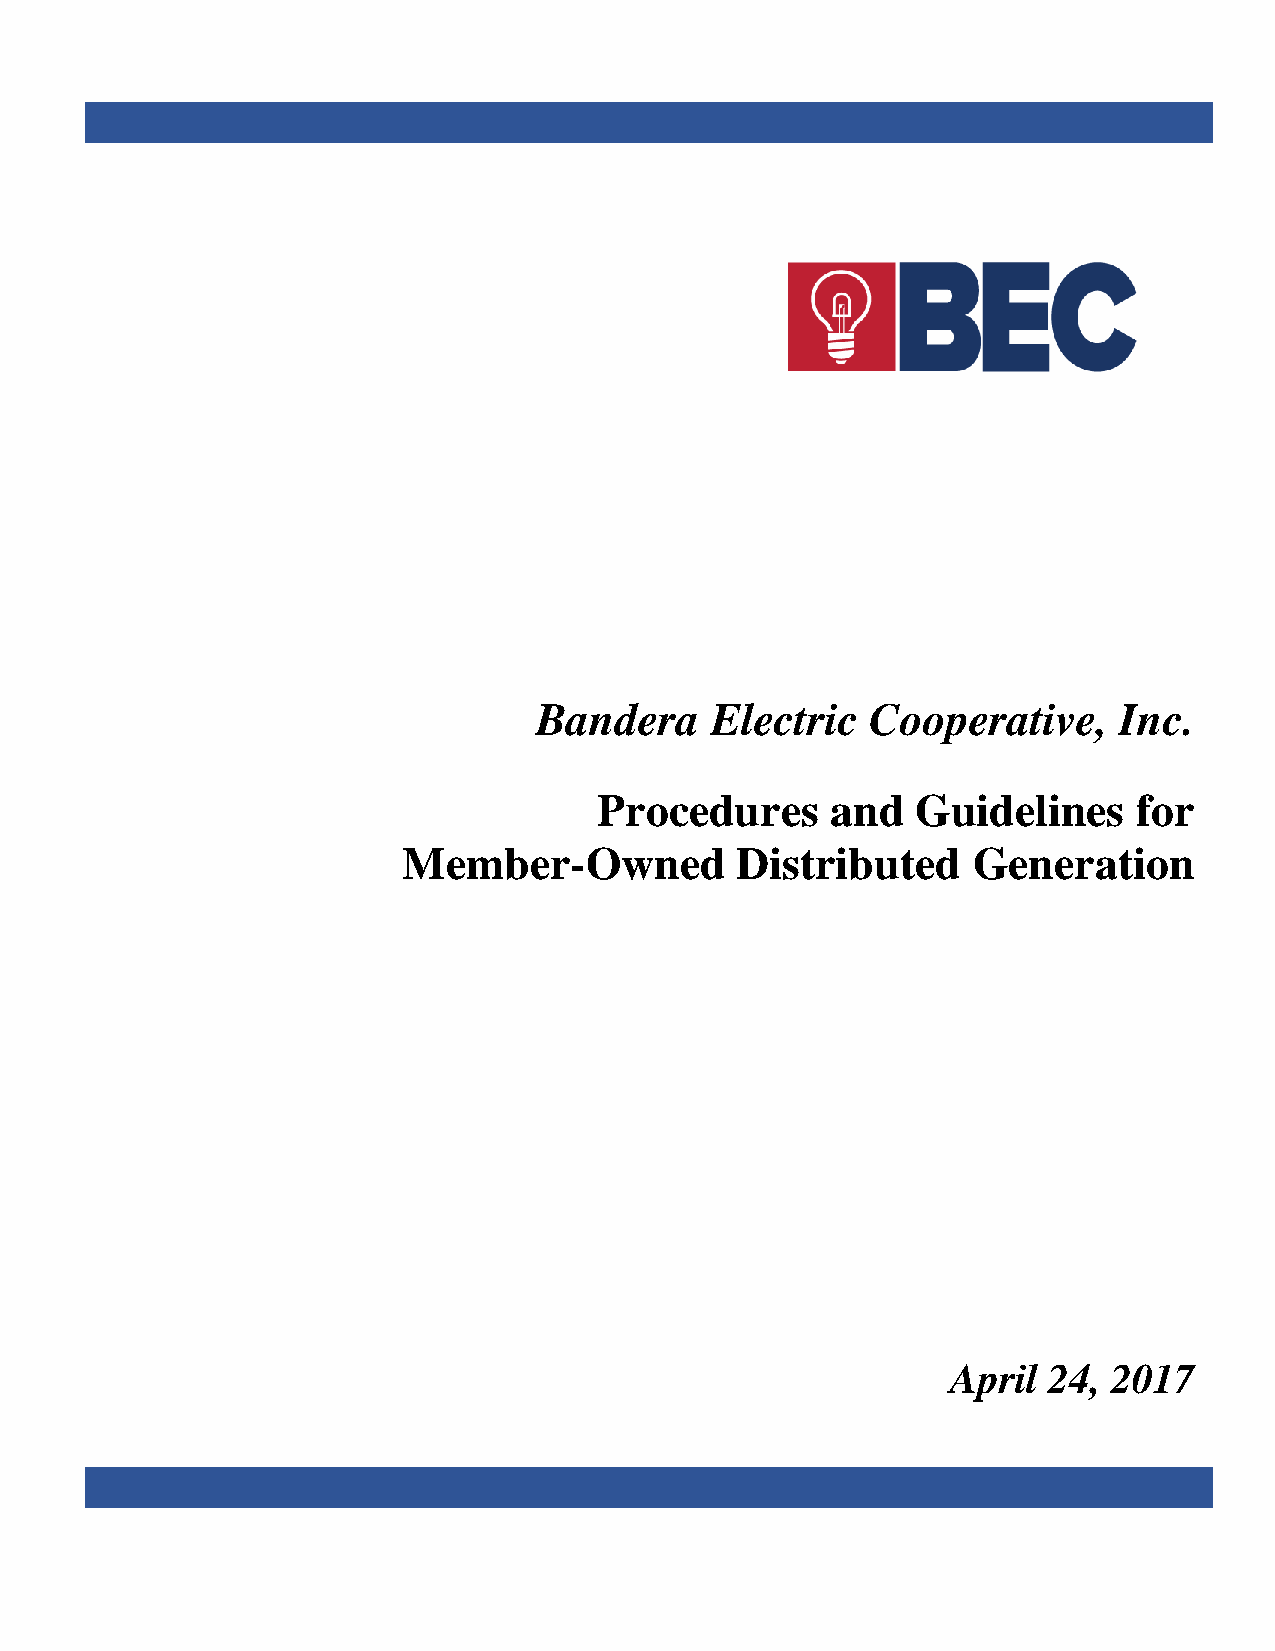
Bandera    Electric   Cooperative,    Inc.
 Procedures     and   Guidelines    for
 Member-Owned          Distributed    Generation
 April 24,  2017